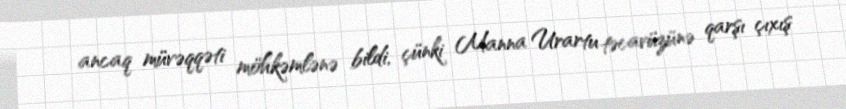
ancaq müvəqqəti möhkəmlənə bildi, çünki Manna Urartu təcavüzünə qarşı çıxış